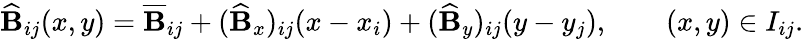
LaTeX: \widehat{\mathbf{B}}_{ij}(x,y)=\overline{{\mathbf{B}}}_{ij}+(\widehat{\mathbf{B}}_{x})_{ij}(x-x_{i})+(\widehat{\mathbf{B}}_{y})_{ij}(y-y_{j}),\qquad(x,y)\in I_{ij}.